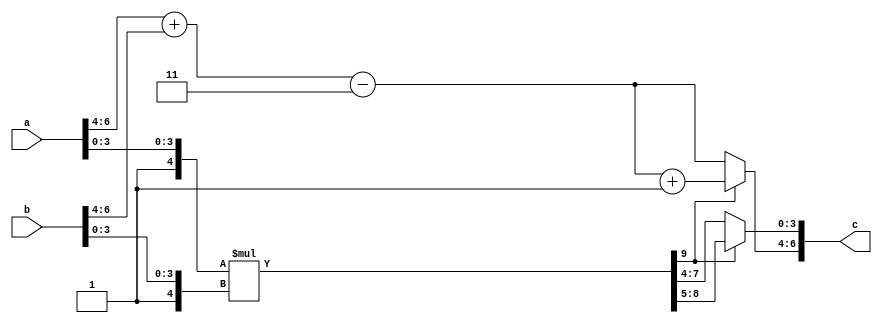
// mult.v 7 bits, 3 exp, 4 mant
// iverilog multf7.v 
//
// ./a.out  
//
// Exercise: 1- Add Overflow detection
// 2 - Add Round mantissa 0.5 -> +1
// 3 - Add Ea > Eb version  (without round, over detection)
// 4 - Any value of Ea and Eb

// useful comands: assign a = (b > 2) ? m[3:2] : m[4:3];
// assign sh_mb = mb >> diff;

    module multf7(
        input  [6:0] a,
        input  [6:0] b,
        output [6:0] c
        );
// calculo do expoente ea + eb - 3
// extrair ea e eb
        wire [2:0] ea, eb,ec;
        assign ea = a[6:4];
	assign eb = b[6:4];
        assign ec = ea + eb -3;
// extrair as mantissa e multiplicar
        wire [4:0] ma,mb;
	assign ma = {1'b1,a[3:0]};
        assign mb = {1'b1,b[3:0]};
        wire [9:0] mc;
        assign mc = ma * mb;
// expoente
	assign c[6:4] = (mc[9])? ec+1:ec;
// mantissa
	assign c[3:0] = (mc[9])? mc[8:5]:mc[7:4];   


    endmodule




    `timescale 1ns / 1ps
    module stimulus;
    	// Inputs
    	reg [6:0] a,b;
    	// Outputs
    	wire [6:0] c;
    	multf7 uut (a,b,c);
        integer i;
     
    		initial begin
                 b = 7'b0111010; #1; // b = 1.6
    		 $monitor("ea=%3b,ma=%4b + 3 = eb=%3b,mb=%4b = ec=%3b,mc=%4b",a[6:4],a[3:0],b[6:4],b[3:0],c[6:4],c[3:0]);
                 a = 7'b0111010; #1; // a = 1.6
                 a = 7'b1011010; // a = 6.5
                 b = 7'b0011101; #1; // b = 0.45 

    		 end
     
    endmodule